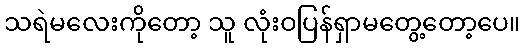
သရဲမလေးကိုတော့ သူ လုံးဝပြန်ရှာမတွေ့တော့ပေ။